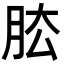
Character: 𦚁